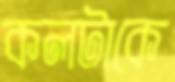
কলটাকে